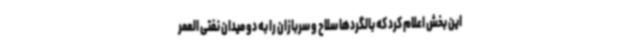
این بخش اعلام کرد که بالگردها سلاح و سربازان را به دو میدان نفتی العمر